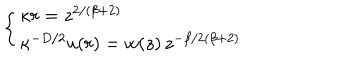
\left\{ \begin{array} { l } { { \kappa r = z ^ { 2 / ( \beta + 2 ) } } } \\ { { \nonumber \kappa ^ { - D / 2 } u ( r ) = w ( z ) \, z ^ { - \beta / 2 ( \beta + 2 ) } } } \\ \end{array} \right. \;